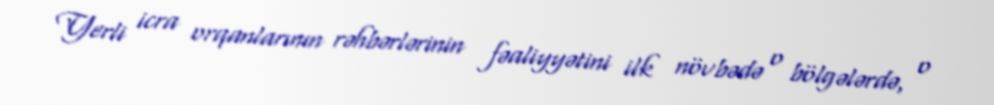
Yerli icra orqanlarının rəhbərlərinin fəaliyyətini ilk növbədə o bölgələrdə, o